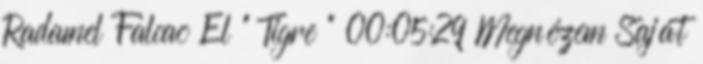
Radamel Falcao El " Tigre " 00:05:29 Megnézem Saját